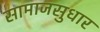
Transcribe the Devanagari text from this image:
सामाजसुधार